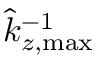
\hat { k } _ { z , \mathrm { m a x } } ^ { - 1 }